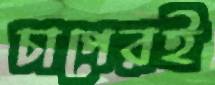
চাপেরই